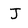
Character: J